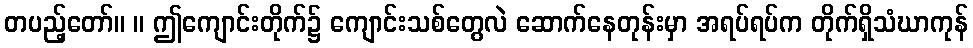
တပည့်တော်။ ။ ဤကျောင်းတိုက်၌ ကျောင်းသစ်တွေလဲ ဆောက်နေတုန်းမှာ အရပ်ရပ်က တိုက်ရှိသံဃာကုန်